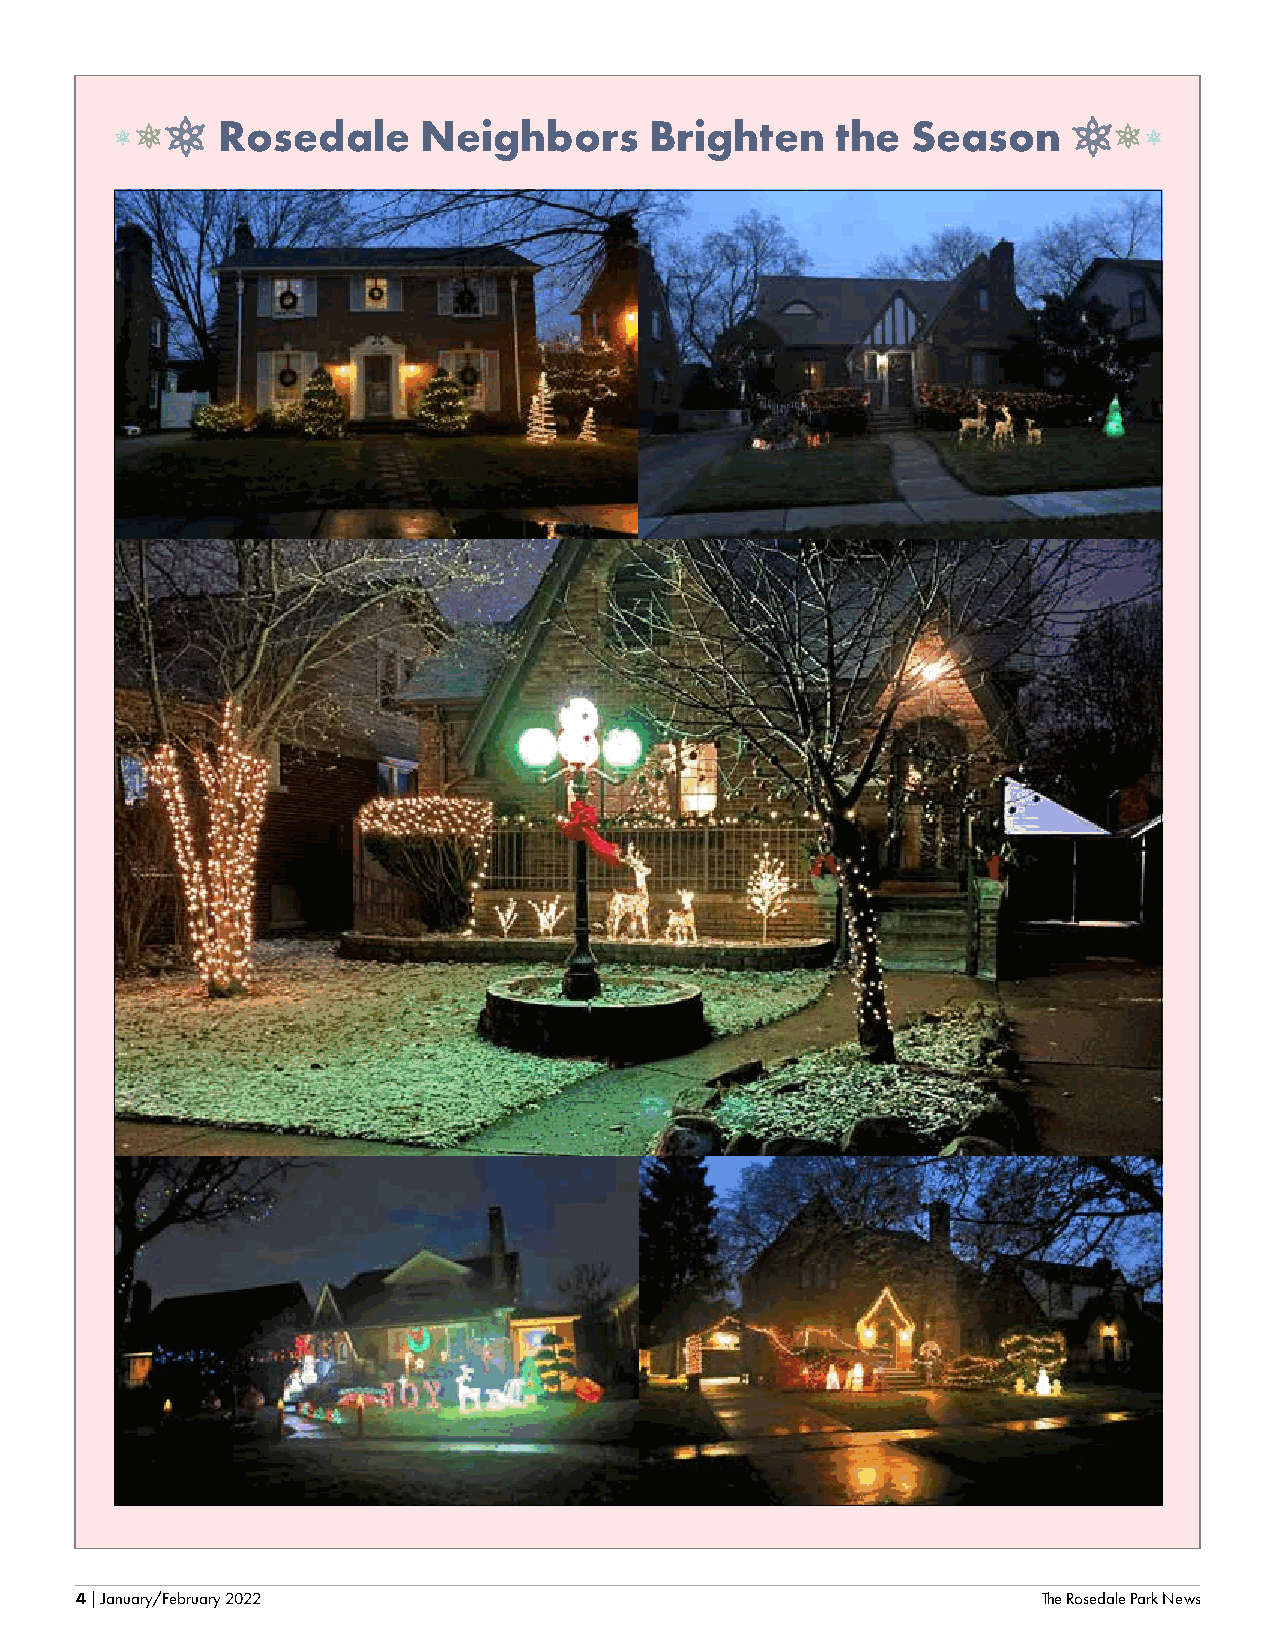
1 1  Rosedale      Neighbors      Brighten    the  Season     1  1
 1                                                                   1
 4 | January/February 2022                                       The Rosedale Park News